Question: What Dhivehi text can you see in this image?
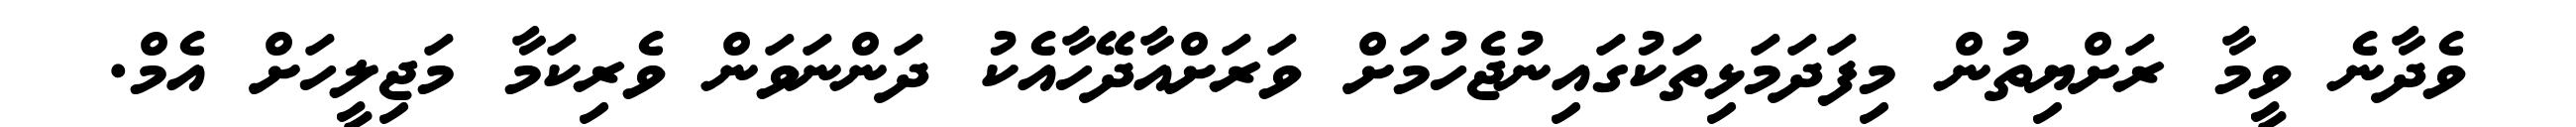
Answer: ވެދާނެ ވީމާ ރަށްޔިތުން މިފަދަމަޅިތަކުގައިނުޖެހުމަށް ވަރަށްއާދޭހާއެކު ދަންނަވަން ވެރިކަމާ މަޖިލީހަށް އެމް.